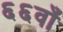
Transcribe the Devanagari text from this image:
६६वाँ